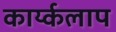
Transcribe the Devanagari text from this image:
कार्य्कलाप